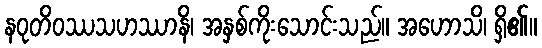
နဝုတိဝဿသဟဿာနိ၊ အနှစ်ကိုးသောင်းသည်။ အဟောသိ၊ ရှိ၏။